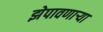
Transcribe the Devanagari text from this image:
झेपावणाऱ्या